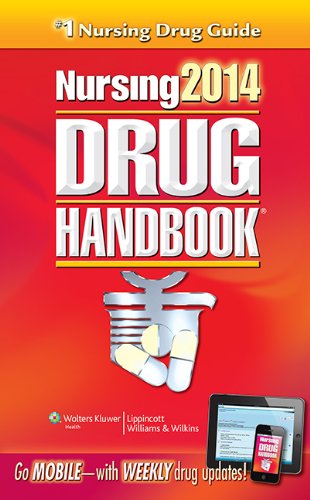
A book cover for Nursing2014 Drug Handbook (Nursing Drug Handbook); Lippincott Williams &  Wilkins; Medical Books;